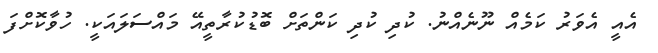
އެއީ އެވަރު ކަމެއް ނޫނެއްނު. ކުދި ކުދި ކަންތަށް ބޮޑުކުރާތީއޭ މައްސަލައަކީ. ހުވާކޮށްފަ